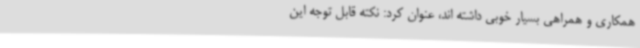
همکاری و همراهی بسیار خوبی داشته اند، عنوان کرد: نکته قابل توجه این